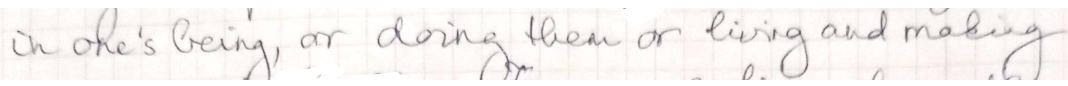
in one's being, or doing them or living and making